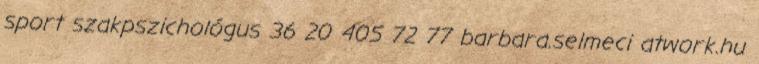
sport szakpszichológus 36 20 405 72 77 barbara.selmeci atwork.hu